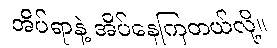
အိပ်ရာနဲ့ အိပ်နေကြတယ်လို့။